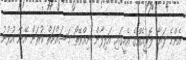
އެންމެ ފަޔާ ލޮރީއެއްގެ އެހީގައި އަލިފާން ނިއްވޭތޯ މަސައްކަތް ކުރަން އޭނާ އުޅުނު